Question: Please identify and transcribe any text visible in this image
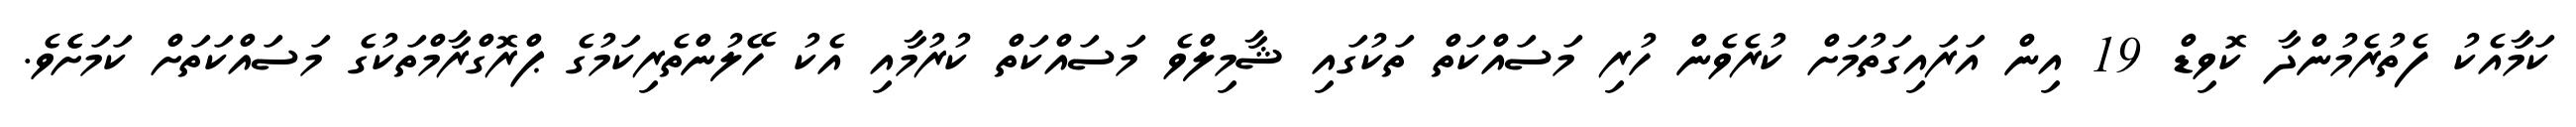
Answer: ކަމާއެކު ފެތުރެމުންދާ ކޮވިޑް 19 އިން އަރައިގަތުމަށް ކުރެވެން ހުރި މަސައްކަތް ތަކުގައި ޝާމިލްވެ މަސައްކަތް ކުރުމާއި އެކު ހޭލުންތެރިކަމުގެ ޕްރޮގްރާމްތަކުގެ މަސައްކަތަށް ކަމަށެެވެ.